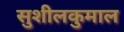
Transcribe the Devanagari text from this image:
सुशीलकुमाल